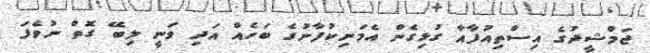
ޖަމްޝީދުގެ އިސްތިއުފާއާ ގުޅިގެން އެމަނިކުފާނުގެ ބަހެއް އަދި ވަނީ ލިބޭ ގޮތް ނުވެފަ